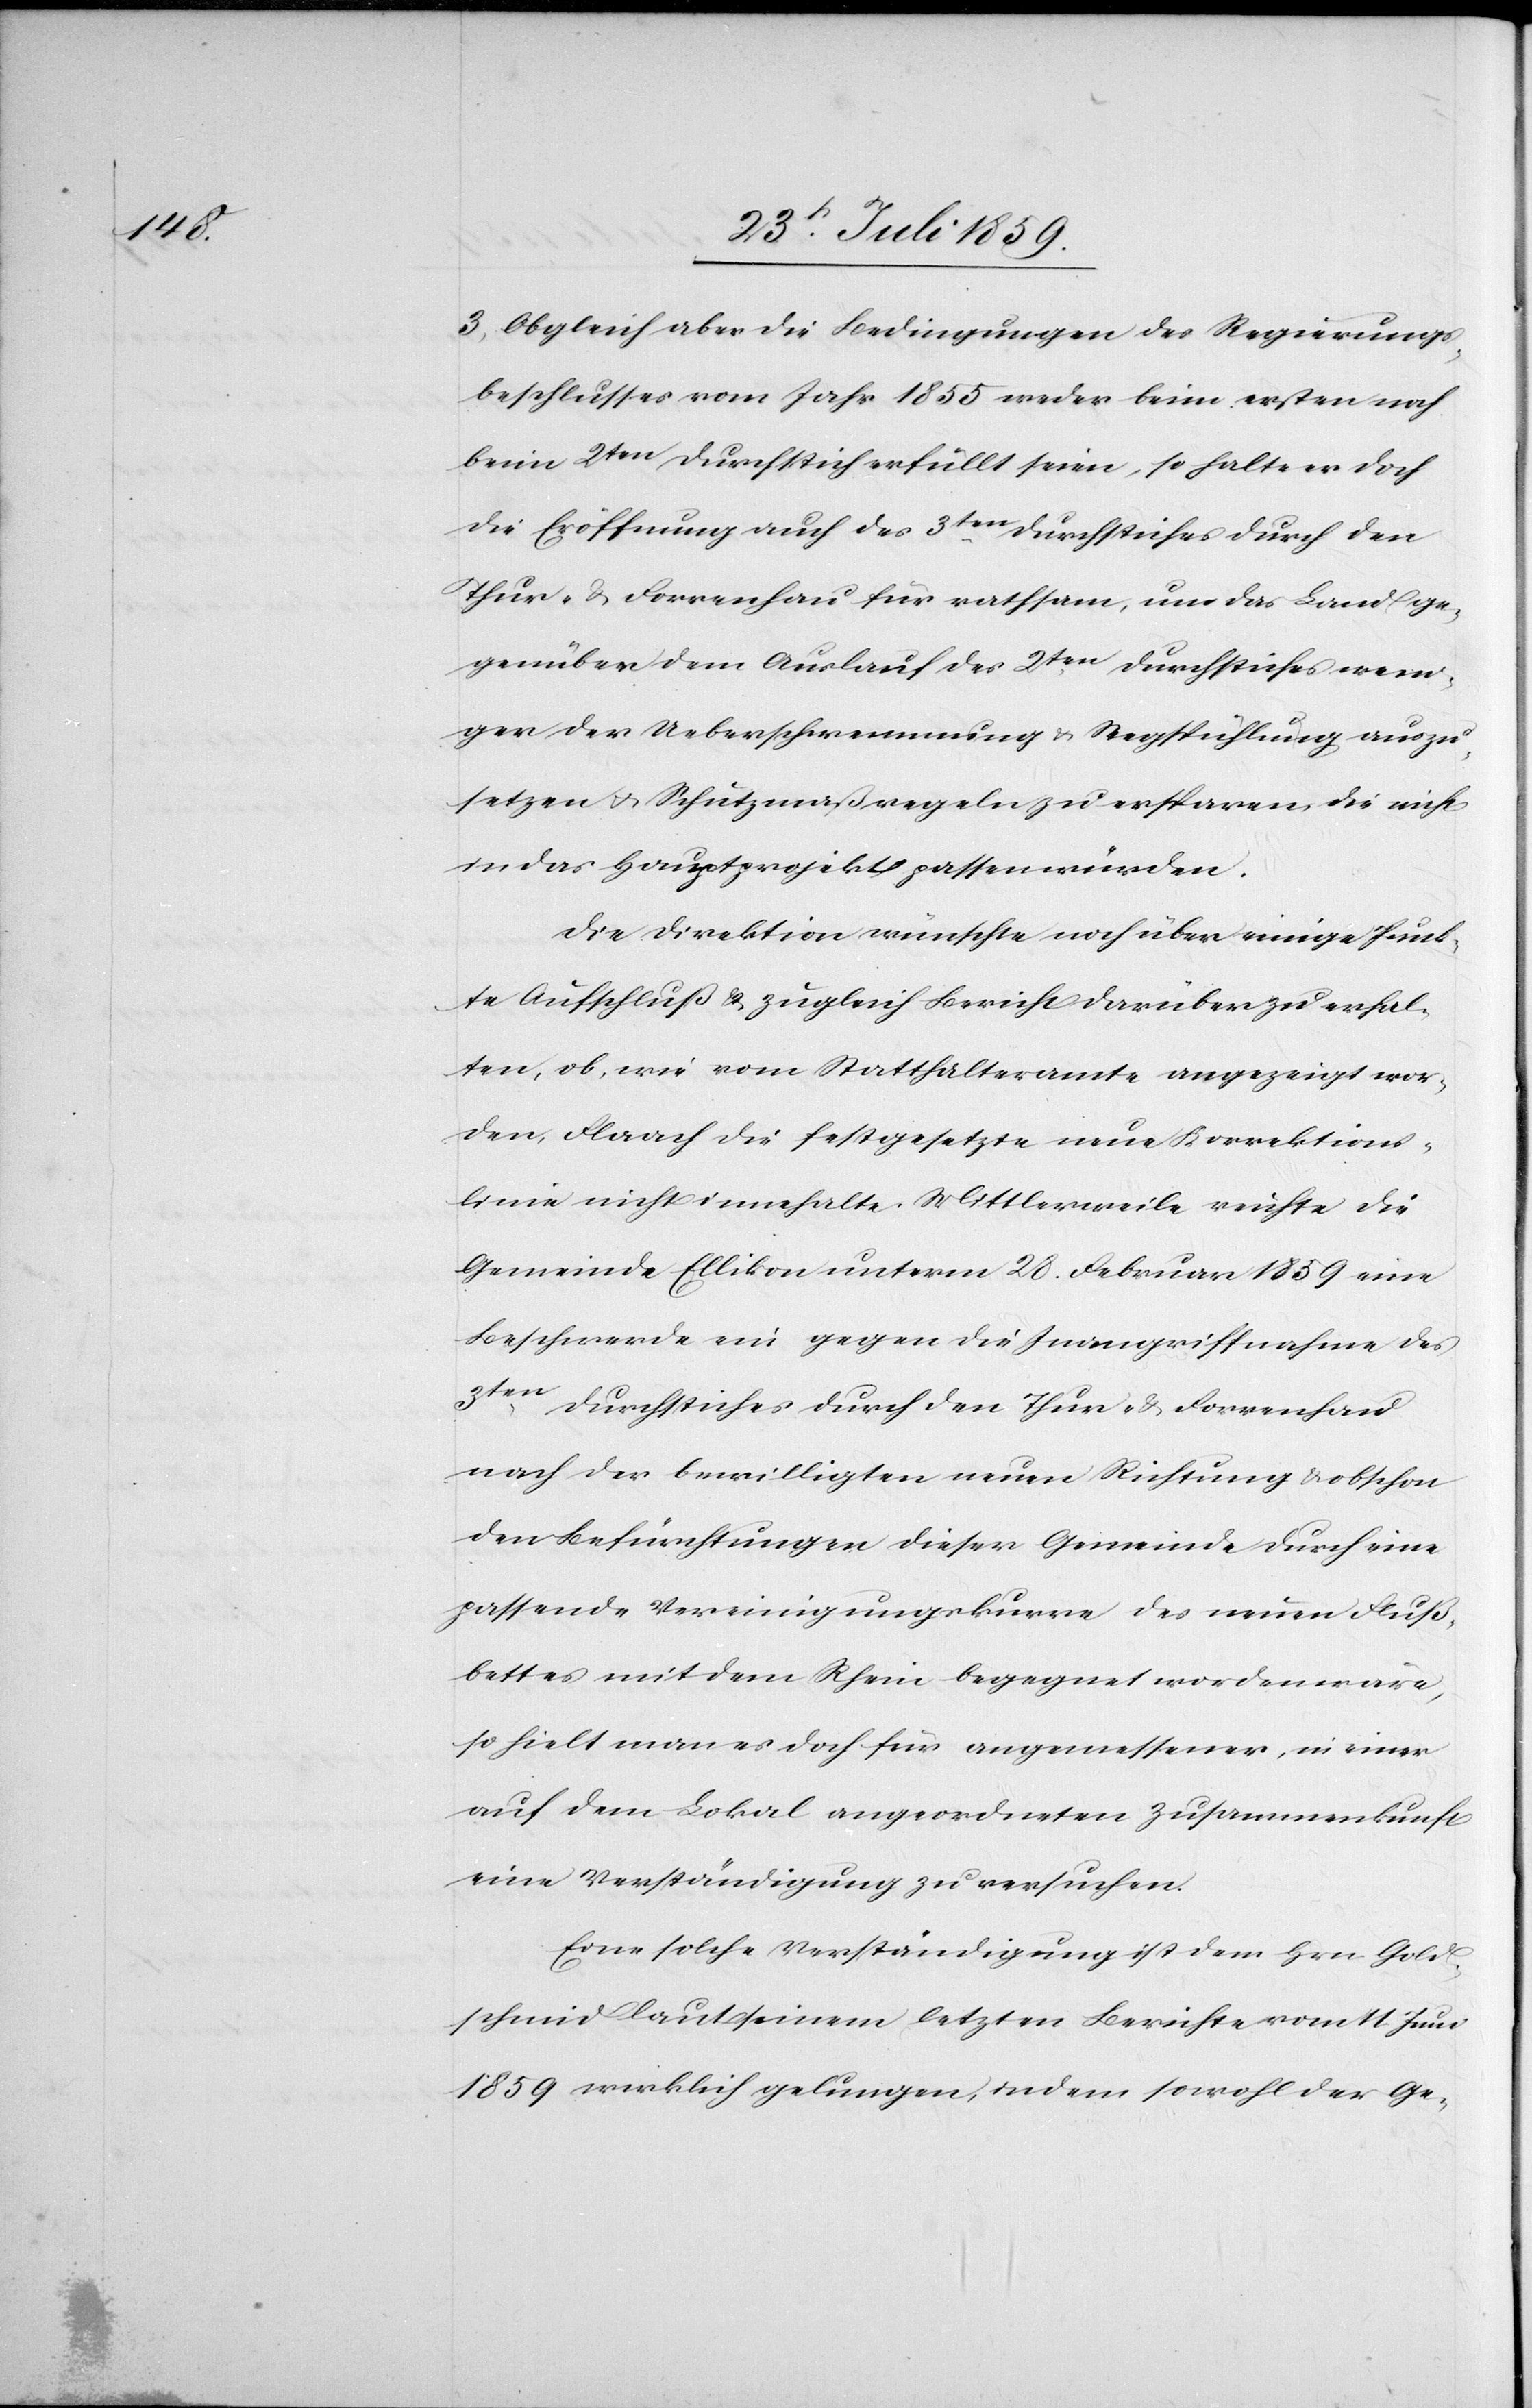
3. Obgleich aber die Bedingungen des Regierungs¬
beschlusses vom Jahr 1855 weder beim ersten noch
beim 2ten Durchstich erfüllt seien, so halte es doch
die Eröffnung auch des 3ten Durchstiches durch den
Thur- u. Forrenhau für rathsam, um das Land ge¬
genüber dem Auslauf des 2ten. Durchstichs weni¬
ger der Ueberschwemmung u. Wegspühlung auszu¬
setzen u. Schutzmaßregeln zu ersparen die nicht
in das Hauptprojekt passen würden.
Die Direktion wünsche noch über einige Punk¬
te Aufschluß u. zugleich Bericht darüber zu erhal¬
ten, ob, wie vom Statthalteramte angezeigt, wor¬
den, Flaach die festgesetzte neue Korrektions¬
linie nicht innehalte. Mittlerweile richte die
Gemeinde Ellikon unterm 20. Februar 1859 eine
Beschwerde ein gegen die Inangriffnahme des
3ten Durchstiches durch den Thur- u. Forrenhau
nach der bewilligten neuen Richtung u. obschon
den Befürchtungen dieser Gemeinde durch eine
passende Vereinigungskurve des neuen Fluß¬
bettes mit dem Rhein begegnet worden wäre,
so hielt man es doch für angemessener, in einer
auf dem Lokal angeordneten Zusammenkunft
eine Verständigung zu versuchen.
Eine solche Verständigung ist dem Hrn. Gold¬
schmid laut seinem letzten Berichte vom 11. Juni
1859 wirklich gelungen, indem sowohl der Ge-